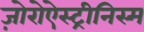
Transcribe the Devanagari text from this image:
ज़ोरोऐस्ट्रीनिस्म